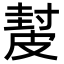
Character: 𥀂